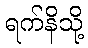
ရက်နိသို့